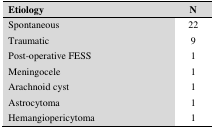
<table><thead><tr><td><b>Etiology</b></td><td><b>N</b></td></tr></thead><tbody><tr><td>Spontaneous</td><td>22</td></tr><tr><td>Traumatic</td><td>9</td></tr><tr><td>Post-operative FESS</td><td>1</td></tr><tr><td>Meningocele</td><td>1</td></tr><tr><td>Arachnoid cyst</td><td>1</td></tr><tr><td>Astrocytoma</td><td>1</td></tr><tr><td>Hemangiopericytoma</td><td>1</td></tr></tbody></table>